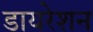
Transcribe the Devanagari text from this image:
डायरेशन